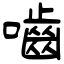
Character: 嚙